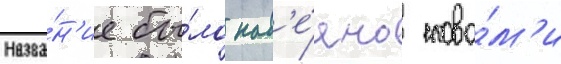
Назва́н'ие бы́ло нав'е́яно слова́м'и